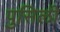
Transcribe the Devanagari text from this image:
पुसिली